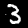
Label: 3